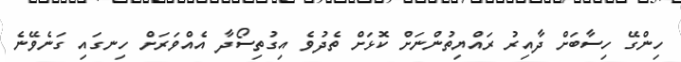
ހިންގޭ ހިސާބަށް ދާއިރު ރައްޔިތުންނަށް ކޮޅަށް ތެދުވެ އިގުތިސޯދާ އެއްވަރަށް ހިނގައި ގަނެވޭނެ